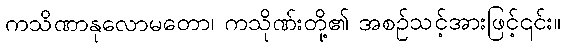
ကသိဏာနုလောမတော၊ ကသိုဏ်းတို့၏ အစဉ်သင့်အားဖြင့်၎င်း။